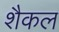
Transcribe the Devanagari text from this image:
शैकल